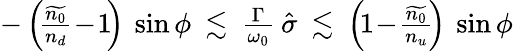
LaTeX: \begin{array}{r}{-\left(\! \frac{\widetilde{n_{0}}}{n_{d}}\! -\! 1\! \right)\: \sin\phi\: \lesssim\: \frac{\Gamma}{\omega_{0}}\: \hat{\sigma}\: \lesssim\: \left(\! 1\! -\! \frac{\widetilde{n_{0}}}{n_{u}}\! \right)\: \sin\phi}\end{array}